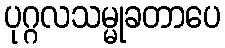
ပုဂ္ဂလသမ္မုခတာပေ